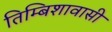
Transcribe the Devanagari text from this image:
तिम्बिशावासी